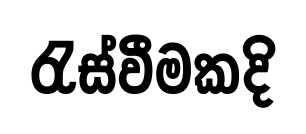
රැස්වීමකදි